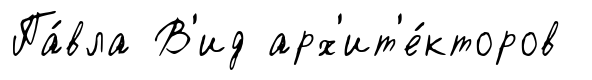
Па́вла В'ид арх'ит'е́кторов